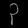
Digit: ၃